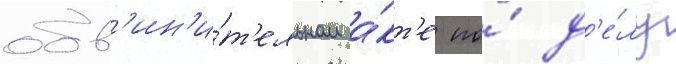
обв'ин'и́т'ельном а́кт'е по́ д'е́лу